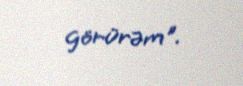
görürəm".